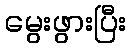
မွေးဖွားပြီး